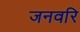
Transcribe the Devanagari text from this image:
जनवरि